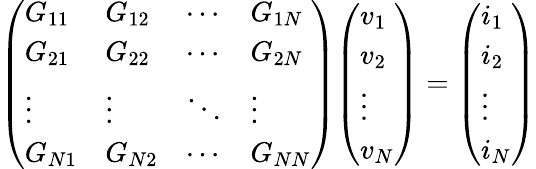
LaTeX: {\left(\begin{array}{llll}{G_{11}}&{G_{12}}&{\cdots}&{G_{1N}}\\ {G_{21}}&{G_{22}}&{\cdots}&{G_{2N}}\\ {\vdots}&{\vdots}&{\ddots}&{\vdots}\\ {G_{N1}}&{G_{N2}}&{\cdots}&{G_{NN}}\end{array}\right)}{\left(\begin{array}{l}{v_{1}}\\ {v_{2}}\\ {\vdots}\\ {v_{N}}\end{array}\right)}={\left(\begin{array}{l}{i_{1}}\\ {i_{2}}\\ {\vdots}\\ {i_{N}}\end{array}\right)}